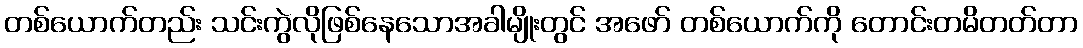
တစ်ယောက်တည်း သင်းကွဲလိုဖြစ်နေသောအခါမျိုးတွင် အဖော် တစ်ယောက်ကို တောင်းတမိတတ်တာ